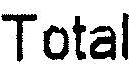
TOTAL